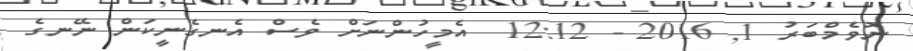
ނޮވެމްބަރު 1